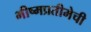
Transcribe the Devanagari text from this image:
भीष्मप्रतीमेची